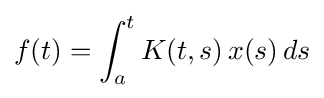
f(t)=\int _{a}^{t}K(t,s)\,x(s)\,ds